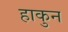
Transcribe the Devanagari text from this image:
हाकुन